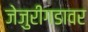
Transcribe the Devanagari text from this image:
जेजुरीगडावर